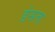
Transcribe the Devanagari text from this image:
डंसता